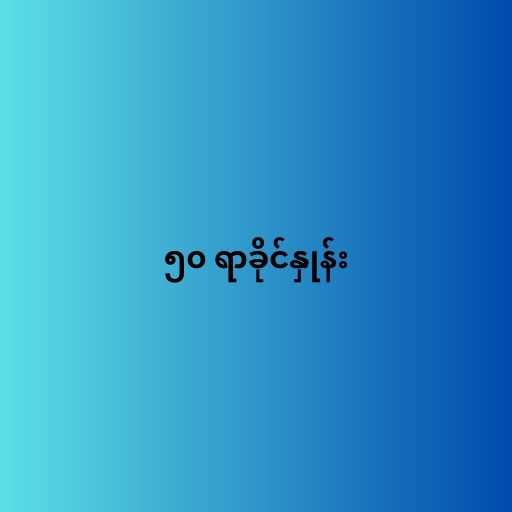
၅၀ ရာခိုင်နှုန်း